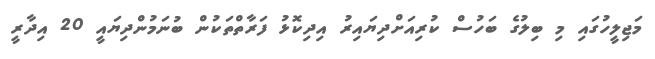
މަޖިލީހުގައި މި ބިލުގެ ބަހުސް ކުރިއަށްދިޔައިރު އިދިކޮޅު ފަރާތްތަކުން ބުނަމުންދިޔައީ 20 އިދާރީ